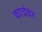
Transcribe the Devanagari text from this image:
कादंबर